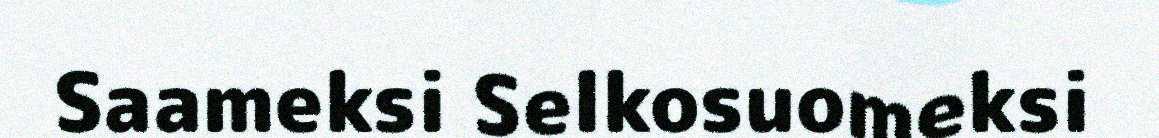
Saameksi Selkosuomeksi